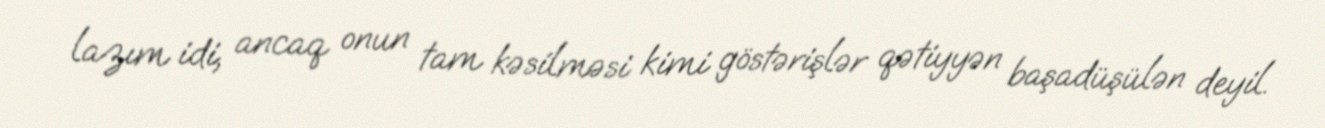
lazım idi, ancaq onun tam kəsilməsi kimi göstərişlər qətiyyən başadüşülən deyil.